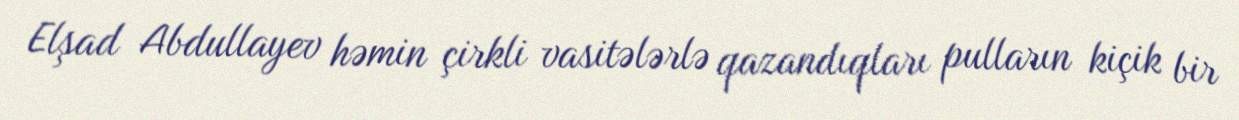
Elşad Abdullayev həmin çirkli vasitələrlə qazandıqları pulların kiçik bir